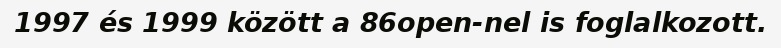
1997 és 1999 között a 86open-nel is foglalkozott.